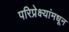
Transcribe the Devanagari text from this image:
परिप्रेक्ष्यांमधून